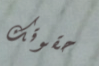
حقوقك